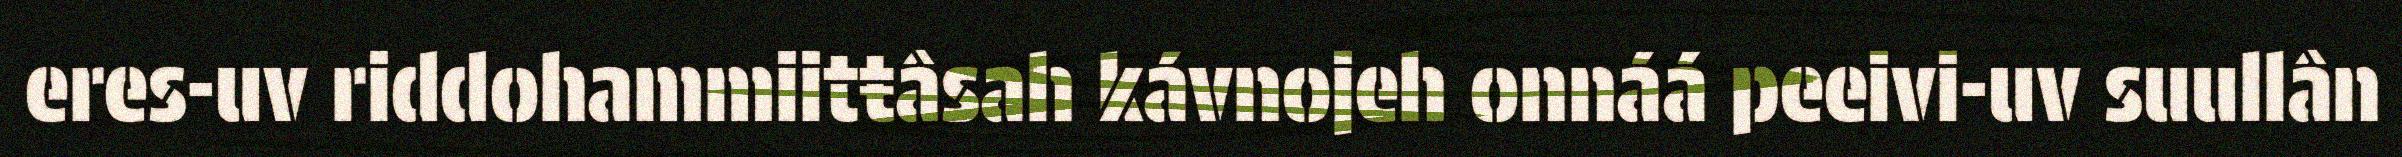
eres-uv riddohammiitŧâsah kávnojeh onnáá peeivi-uv suullân